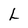
Character: L